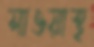
সাওয়াস্থ